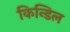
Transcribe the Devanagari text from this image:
किन्डिल